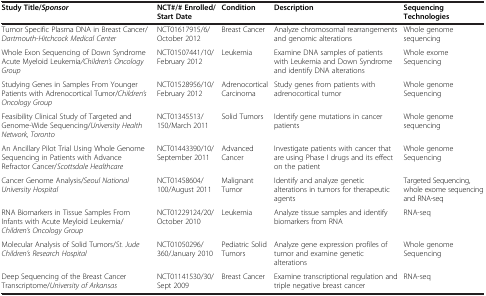
| Study Title/Sponsor | NCT#/# Enrolled/Start Date | Condition | Description | Sequencing Technologies |
 | --- | --- | --- | --- | --- |
 | Tumor Specific Plasma DNA in Breast Cancer/Dartmouth-Hitchcock Medical Center | NCT01617915/6/October 2012 | Breast Cancer | Analyze chromosomal rearrangements and genomic alterations | Whole genome sequencing |
 | Whole Exon Sequencing of Down Syndrome Acute Myeloid Leukemia/Children’s Oncology Group | NCT01507441/10/February 2012 | Leukemia | Examine DNA samples of patients with Leukemia and Down Syndrome and identify DNA alterations | Whole exome Sequencing |
 | Studying Genes in Samples From Younger Patients with Adrenocortical Tumor/Children’s Oncology Group | NCT01528956/10/February 2012 | Adrenocortical Carcinoma | Study genes from patients with adrenocortical tumor | Whole genome Sequencing |
 | Feasibility Clinical Study of Targeted and Genome-Wide Sequencing/University Health Network, Toronto | NCT01345513/150/March 2011 | Solid Tumors | Identify gene mutations in cancer patients | Whole genome sequencing |
 | An Ancillary Pilot Trial Using Whole Genome Sequencing in Patients with Advance Refractor Cancer/Scottsdale Healthcare | NCT01443390/10/September 2011 | Advanced Cancer | Investigate patients with cancer that are using Phase I drugs and its effect on the patient | Whole genome Sequencing |
 | Cancer Genome Analysis/Seoul National University Hospital | NCT01458604/100/August 2011 | Malignant Tumor | Identify and analyze genetic alterations in tumors for therapeutic agents | Targeted Sequencing, whole exome sequencing and RNA-seq |
 | RNA Biomarkers in Tissue Samples From Infants with Acute Meyloid Leukemia/Children’s Oncology Group | NCT01229124/20/October 2010 | Leukemia | Analyze tissue samples and identify biomarkers from RNA | RNA-seq |
 | Molecular Analysis of Solid Tumors/St. Jude Children’s Research Hospital | NCT01050296/360/January 2010 | Pediatric Solid Tumors | Analyze gene expression profiles of tumor and examine genetic alterations | Whole genome Sequencing |
 | Deep Sequencing of the Breast Cancer Transcriptome/University of Arkansas | NCT01141530/30/Sept 2009 | Breast Cancer | Examine transcriptional regulation and triple negative breast cancer | RNA-seq |